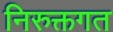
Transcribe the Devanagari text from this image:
निरुक्तगत